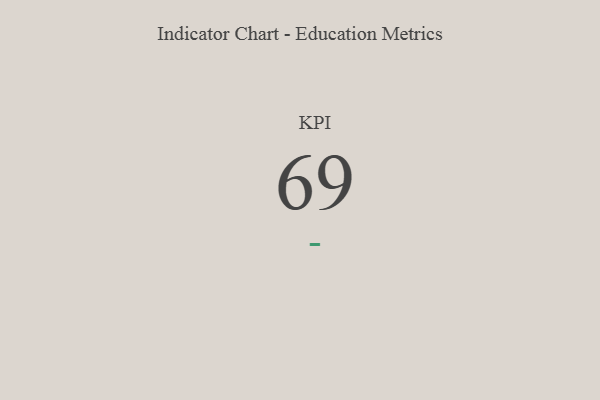
{"axis": {"x": "KPI", "y": "Value"}, "legend": [""], "data": [{"x": "KPI", "y": 69, "type": ""}]}